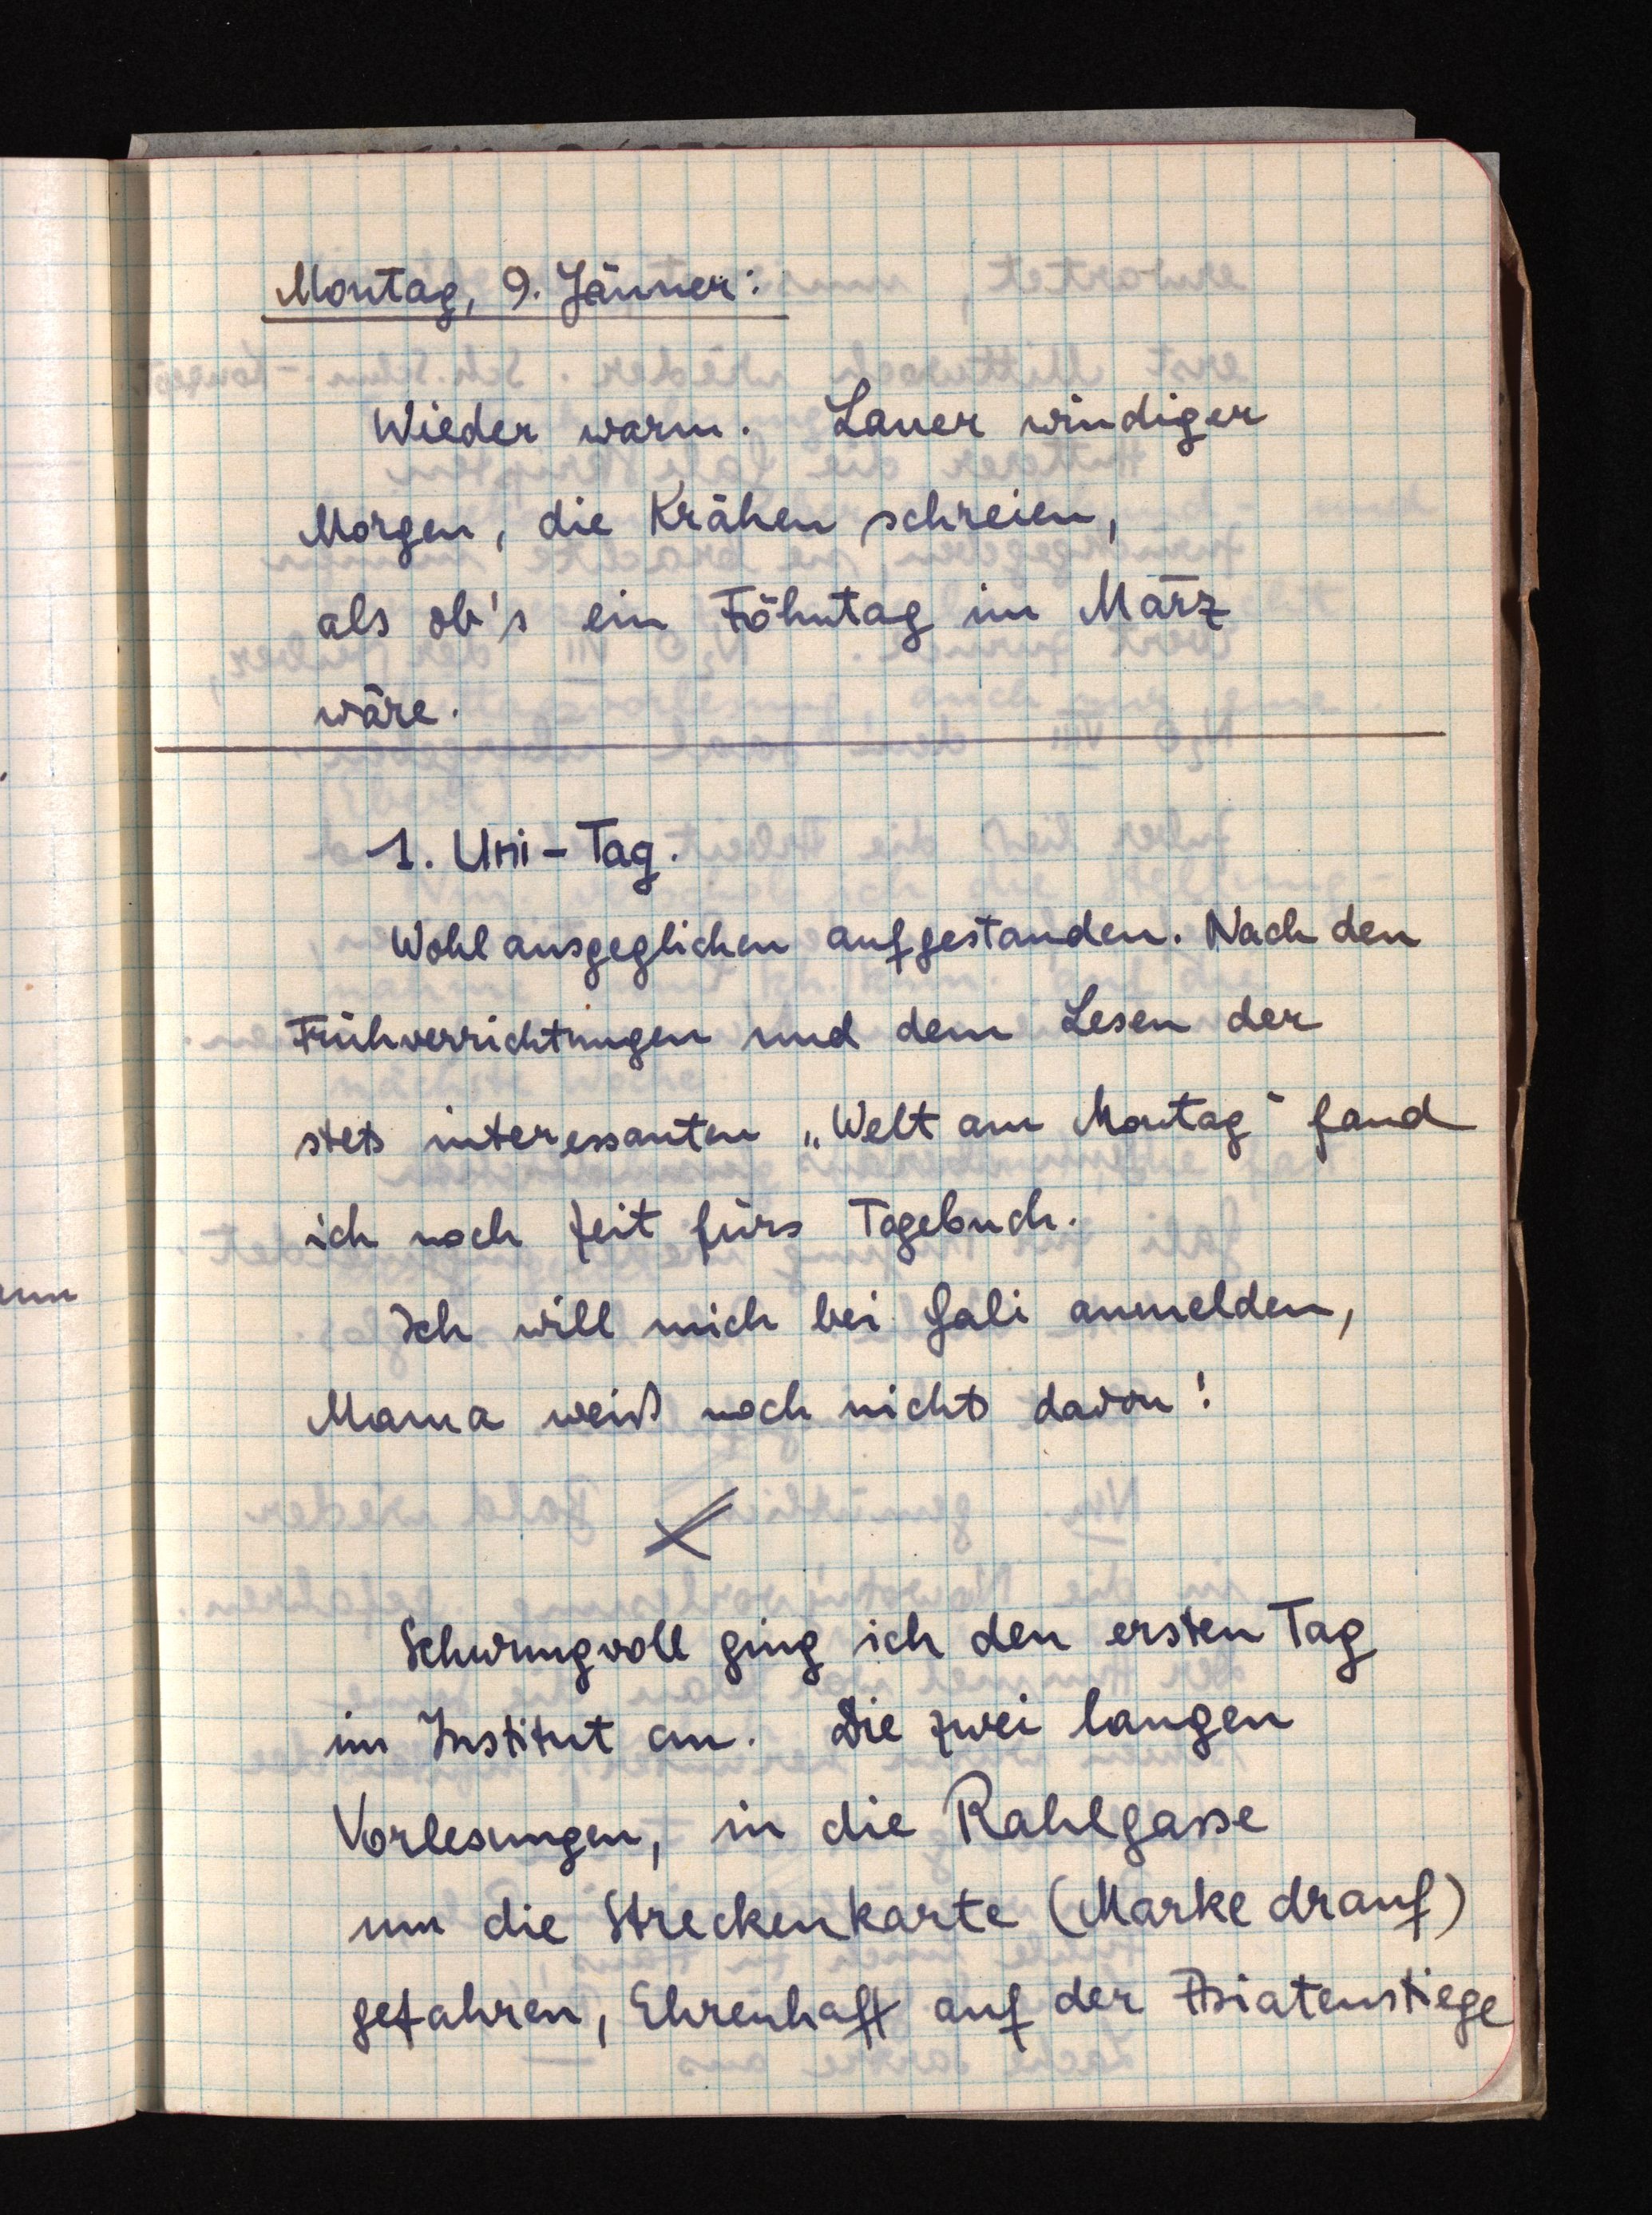
Montag, 9. Jänner:
Wieder warm. Lauer windiger
Morgen, die Krähen schreien,
als ob's ein Föhntag im März
wäre.
1. Uni-Tag.
Wohl ausgeglichen aufgestanden. Nach den
Frühverrichtungen und dem Lesen der
stets interessanten "Welt am Montag" fand
ich noch Zeit fürs Tagebuch.
Ich will mich bei Gali anmelden,
Mama weiß noch nichts davon!
Schwungvoll ging ich den ersten Tag
im Institut an. Die zwei langen
Vorlesungen, in die Rahlgasse
um die Streckenkarte (Marke drauf)
gefahren, Ehrenhaft auf der Asiatenstiege